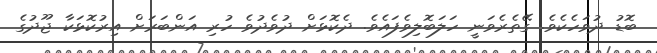
ބޮޑު ދުވަހެކެވެ. ގޭތެރެވަނީ ހަލަބޮލިވެފައެވެ. ދެކޮޅަށް ދުވެދުވެ ހުރި އަންބަރަށް އިރުކޮޅަކާ ޖޫދުގެ